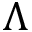
\Lambda